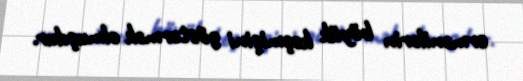
ermənilərin böyük keçmişini göstərmək olmuşdur.